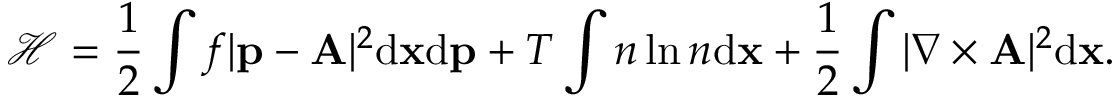
\mathcal { H } = \frac { 1 } { 2 } \int f | { \mathbf p } - { \mathbf A } | ^ { 2 } \mathrm { d } { \mathbf x } \mathrm { d } { \mathbf p } + T \int n \ln n \mathrm { d } { \mathbf x } + \frac { 1 } { 2 } \int | \nabla \times { \mathbf A } | ^ { 2 } \mathrm { d } { \mathbf x } .